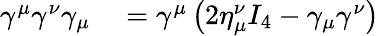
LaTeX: \begin{array}{rl}{\gamma^{\mu}\gamma^{\nu}\gamma_{\mu}}&{{}=\gamma^{\mu}\left(2\eta_{\mu}^{\nu}I_{4}-\gamma_{\mu}\gamma^{\nu}\right)}\end{array}